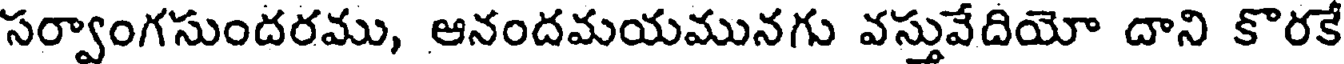
సర్వాంగసుందరము, ఆనందమయమునగు వస్తువేదియో దాని కొరకే